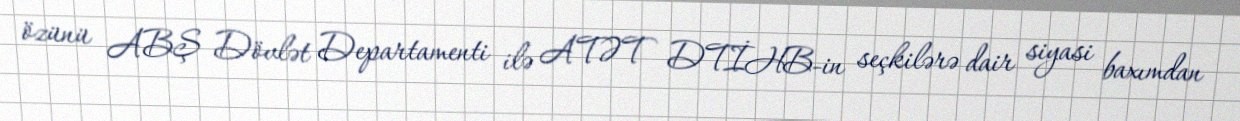
özünü ABŞ Dövlət Departamenti ilə ATƏT DTİHB-in seçkilərə dair siyasi baxımdan